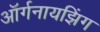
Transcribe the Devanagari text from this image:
ऑर्गनायझिंग